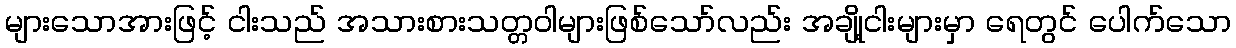
များသောအားဖြင့် ငါးသည် အသားစားသတ္တဝါများဖြစ်သော်လည်း အချို့ငါးများမှာ ရေတွင် ပေါက်သော